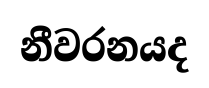
නීවරනයද